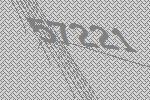
57221